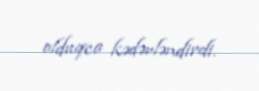
olduqca kədərləndirdi.